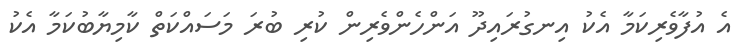
އެ އުފާވެރިކަމާ އެކު އިނގުރައިދޫ އަންހެންވެރިން ކުރި ބުރަ މަސައްކަތް ކާމިޔާބުކަމާ އެކު